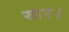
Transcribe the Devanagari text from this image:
खर।